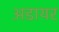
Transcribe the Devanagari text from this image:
अडायर